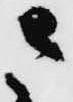
さ